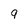
Character: 9